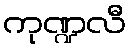
ကုဏ္ဍလီ